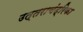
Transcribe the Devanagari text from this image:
उत्तराचंद्रिका